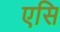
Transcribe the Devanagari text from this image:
एसि